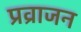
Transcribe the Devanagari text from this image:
प्रव्राजन